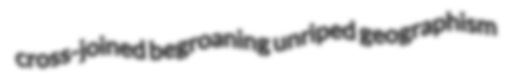
cross-joined begroaning unriped geographism